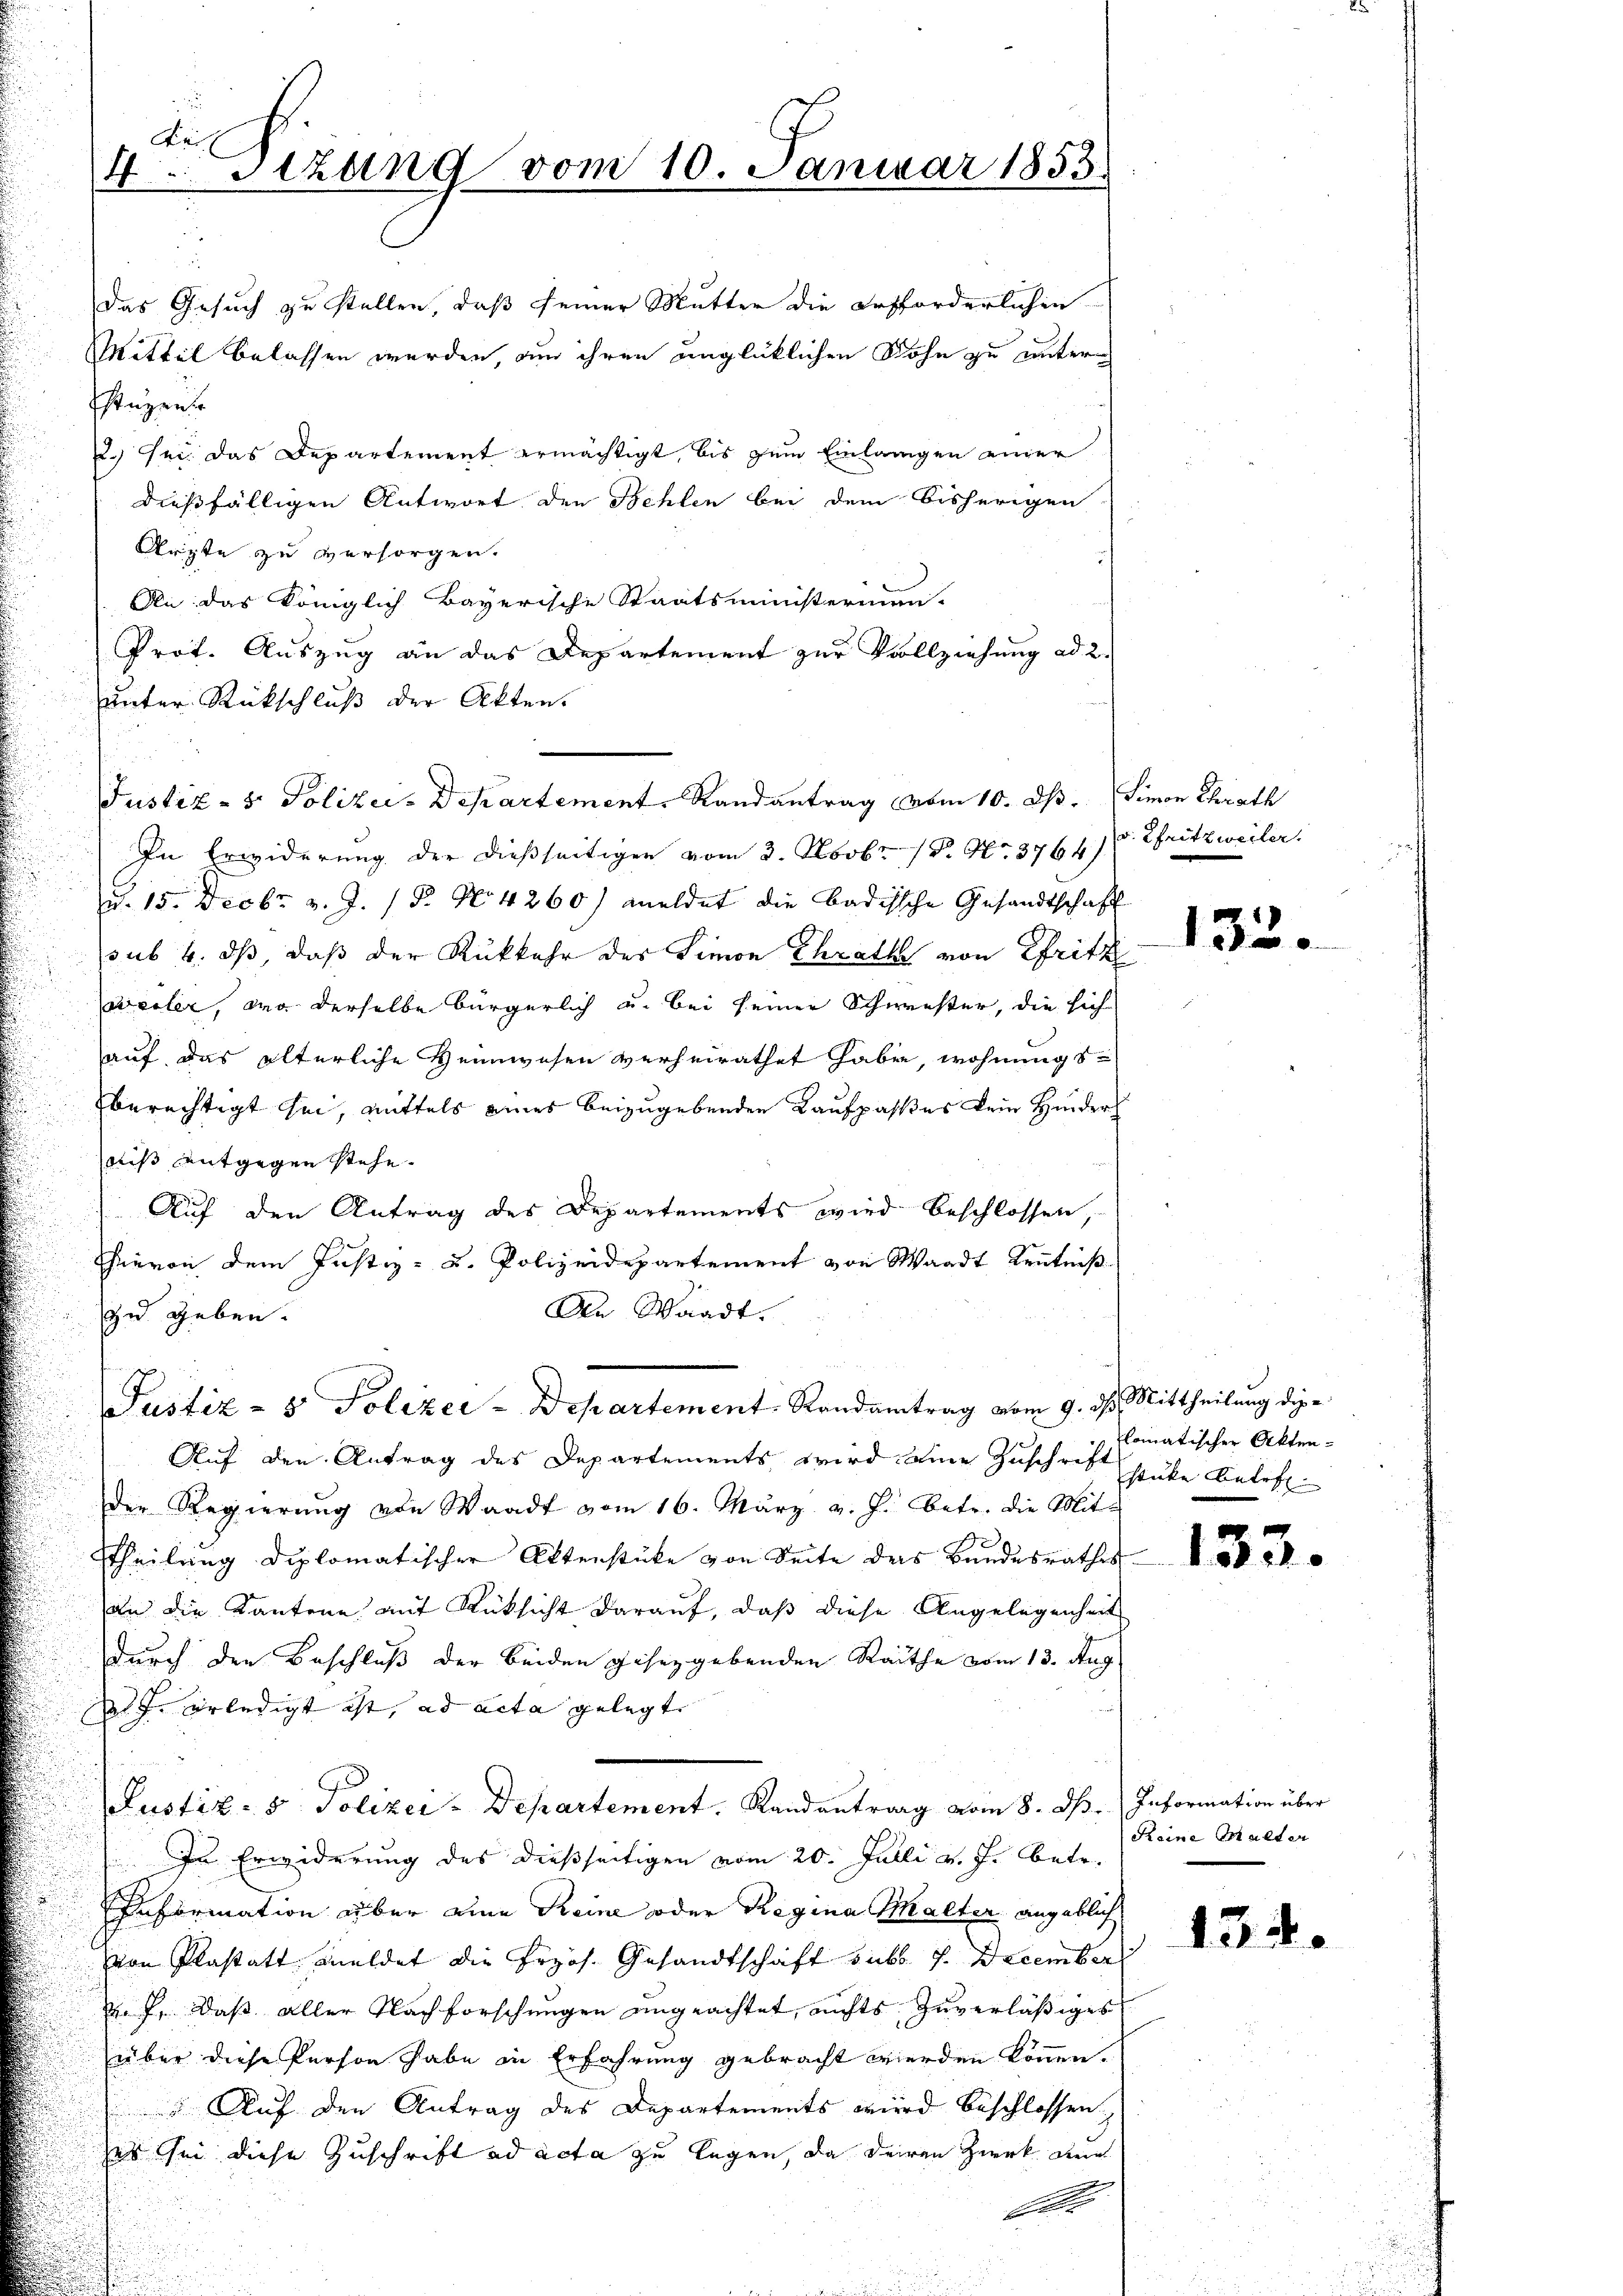
Fei
4. Sitzung vom 10. Januar 1853.

henzente
2.) sei. Das Departement ermächtigt, bis zum Einlangen einer
dießfälligen Antwort den Behlen bei dem bisherigen
Ärzte zu versorgen.
An: das Königlich Bayerische Staatsministerium-
Prot. Auszug an das Departement zur Vollziehung ad 2.
unter Rückschluß der Akten.
In Erwiderung der dießseitigen vom 3. Novbr. 18. No. 3764) u. Theitsweiler.
u. 15. Decbr. v. J. 18. No 4260) meldet die Badische Gesandtschaft
sub 6. ds, daß der Rükkehr des Simon Chrath von Efritz
wedler, aus derselbe bürgerlich u. bei seiner Schwester, die sich
auf das älterliche Heimwesen verheirathet haben, wohnungs-
berechtigt sei, mittels eines beizugebenden Kaufpasses kein Hinder
ais entgegen stehe.
Auf den Antrag des Departements wird beschlossen,
hievon dem Justiz- u. Polizeidepartement von Waadt Kenntniß
An Waadt.
zu geben.
Justiz- & Polizei-Departement, Randantrag vom 9. ds. Mittheilung die
Auf den Antrag des Departements wird eine Zuschrift stüke Beleh
der Regierŭng von Waadt vom 16. März v. J. betr. die Mit-
Theilung diplomatischer Aktenstücke von Seite des Bundesrathes
an die Kantone auf Rücksicht darauf, daß diese Angelegenheit
durch den Beschluß der beiden gesetzgebenden Rathe vom 13. Aug.
d. J. erledigt ist, ad acta gelegt. |
Justiz- & Polizer-Departement. Randantrag vom 8. dβ. Information über
In Erwiderung des dießseitigen vom 20. Julli v. J. betr.
Information über eine Reine oder Regina Walter angeblich
von Plastatt meldet die Przos. Gesandtschaft sub. f. December
d. J. daß aller Nachforschungen ungeachtet, nichts zuverläßiges
über diese Person habe in Erfahrung gebracht werden können.
 Auf den Antrag des Departements wird beschlossen,
ses sei diese Zuschrift ad acta zu legen, da deren Zwerk den
A

Das Gesuch zu stellen, daß seiner Mutter die erforderlichen
Mittel belassen werden, um ihren unglücklichen Sohn zu unter

Justiz- & Polizei-Departement, Randantrag vom 10. Okt. Simon Chrath

132.

lomatischer Akten¬

133.

Reine Malter

134.